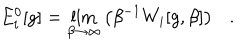
LaTeX: E _ { i } ^ { 0 } [ g ] = \lim _ { \beta \rightarrow \infty } \left( \beta ^ { - 1 } W _ { i } [ g , \beta ] \right) .